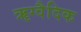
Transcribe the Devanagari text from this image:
ॠग्वैदिक